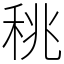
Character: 䄻